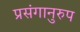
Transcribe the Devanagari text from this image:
प्रसंगानुरुप